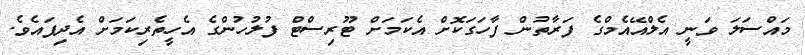
މައްސަލަ ވަނީ އެލްއޭއެމްގެ ފަރާތުން ފާހަގަކޮށް އެކަމަށް ޓޫރިސްޓް ފުލުހުންގެ އެހީތެރިކަމަށް އެދިފައެވެ.